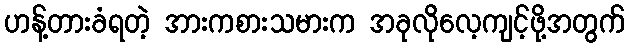
ဟန့်တားခံရတဲ့ အားကစားသမားက အခုလိုလေ့ကျင့်ဖို့အတွက်